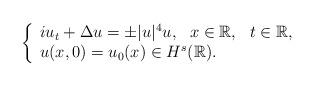
LaTeX: \begin{align*}\left\{\begin{array}{l}iu_{t}+\Delta u =\pm |u|^4u, \,\,\,\, x \in {\mathbb{R}}, \,\,\,\, t\in \mathbb{R} ,\\u(x,0)=u_0(x)\in H^{s}(\mathbb{R}). \\\end{array}\right.\end{align*}